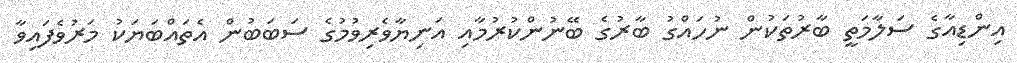
އިންޑިއާގެ ސަލާމަތީ ބާރުތަކުން ނުހައްގު ބާރުގެ ބޭނުންކުރުމާއި އަނިޔާވެރިވުމުގެ ސަބަބުން އެތައްބަޔަކު މަރުވެފައިވާ